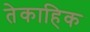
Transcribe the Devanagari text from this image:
तेकाहिक